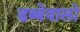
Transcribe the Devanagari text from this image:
डब्बेवालो